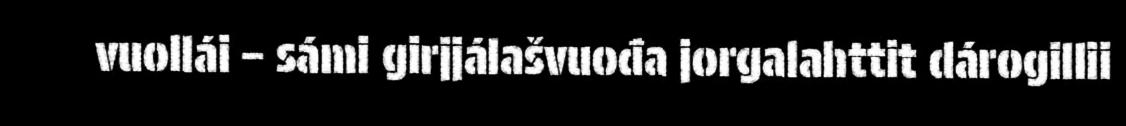
vuollái – sámi girjjálašvuođa jorgalahttit dárogillii